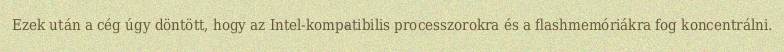
Ezek után a cég úgy döntött, hogy az Intel-kompatibilis processzorokra és a flashmemóriákra fog koncentrálni.